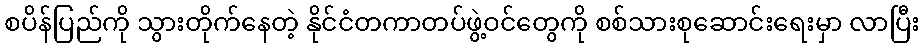
စပိန်ပြည်ကို သွားတိုက်နေတဲ့ နိုင်ငံတကာတပ်ဖွဲ့ဝင်တွေကို စစ်သားစုဆောင်းရေးမှာ လာပြီး